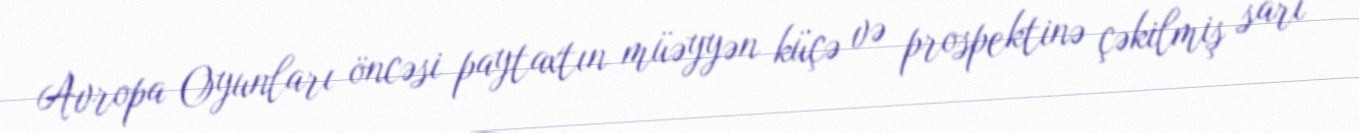
Avropa Oyunları öncəsi paytaxtın müəyyən küçə və prospektinə çəkilmiş sarı